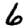
Digit: 6